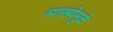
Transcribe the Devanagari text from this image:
व्याख्येमुळे